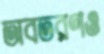
অবতরণও